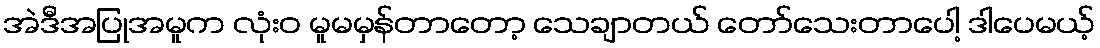
အဲဒီအပြုအမူက လုံးဝ မူမမှန်တာတော့ သေချာတယ် တော်သေးတာပေါ့ ဒါပေမယ့်